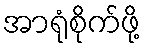
အာရုံစိုက်ဖို့